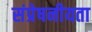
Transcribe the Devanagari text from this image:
संप्रेषनीयता